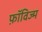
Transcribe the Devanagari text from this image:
फ़ॉविज्म